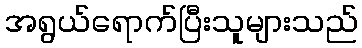
အရွယ်ရောက်ပြီးသူများသည်